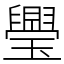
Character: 璺